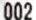
002